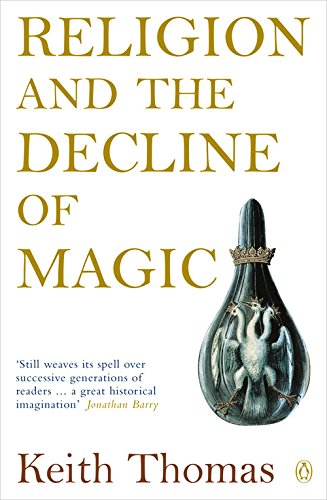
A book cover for Religion and the Decline of Magic: Studies in Popular Beliefs in Sixteenth and Seventeenth-Century England (Penguin History); Keith Thomas; History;